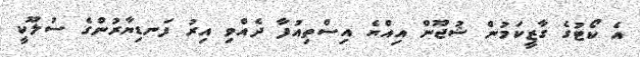
އެ ކޯޓުގެ ގާޒީކަމުން ޝުޖޫން އިއްޔެ އިސްތިއުފާ ދެއްވި އިރު ފަނޑިޔާރުންގެ ސުލޫކީ